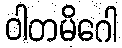
ဝါတမိဂေါ